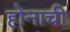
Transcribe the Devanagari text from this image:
होनाची